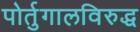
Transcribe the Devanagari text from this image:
पोर्तुगालविरुद्ध